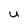
Character: u